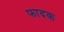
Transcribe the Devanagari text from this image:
फादक